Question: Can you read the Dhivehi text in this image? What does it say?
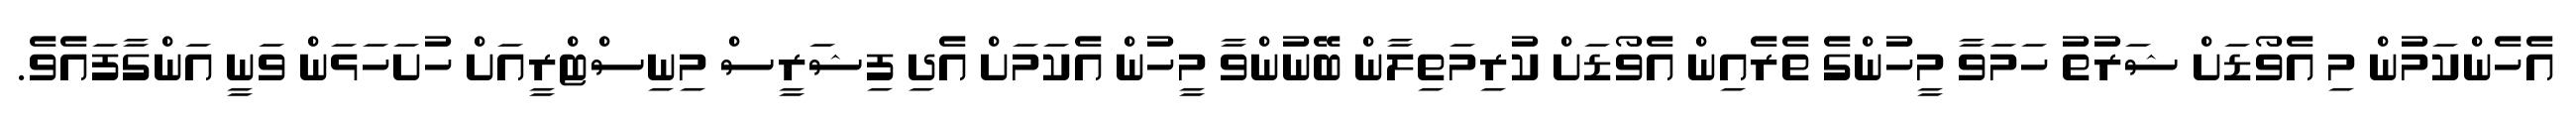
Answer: އެހެންކަމުން މި އެވޯޑަށް ޝަރުތު ހަމަވާ މީހުންގެ ތެރެއިން އެވޯޑަށް ކުރިމަތިލާން ބޭނުންވާ މީހުން އެކަމަށް އެދި ފިޝަރީސް މިނިސްޓްރީއަށް ހުށަހަޅަން ވަނީ އަންގާފައެވެ.